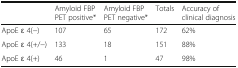
<table><thead><tr><td>[EMPTY_CELL]</td><td><b>Amyloid FBP PET positive*</b></td><td><b>Amyloid FBP PET negative*</b></td><td><b>Totals</b></td><td><b>Accuracy of clinical diagnosis</b></td></tr></thead><tbody><tr><td>ApoE ɛ 4(−)</td><td>107</td><td>65</td><td>172</td><td>62%</td></tr><tr><td>ApoE ɛ 4(+/−)</td><td>133</td><td>18</td><td>151</td><td>88%</td></tr><tr><td>ApoE ɛ 4(+)</td><td>46</td><td>1</td><td>47</td><td>98%</td></tr></tbody></table>